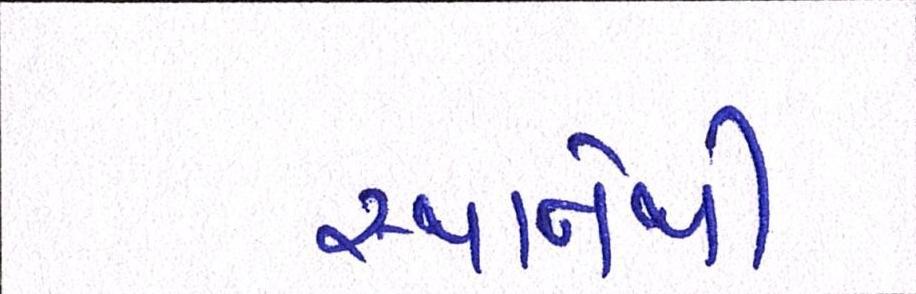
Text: સ્થાનેથી